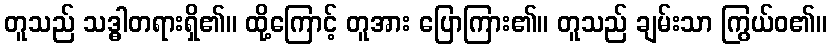
တူသည် သဒ္ဓါတရားရှိ၏။ ထို့ကြောင့် တူအား ပြောကြား၏။ တူသည် ချမ်းသာ ကြွယ်ဝ၏။